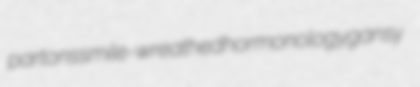
partons smile-wreathed hormonology gansy